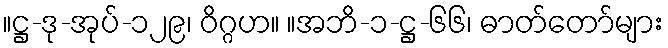
။ဋ္ဌ-ဒု-အုပ်-၁၂၉၊ ဝိဂ္ဂဟ။ ။အဘိ-၁-ဋ္ဌ-၆၆၊ ဓာတ်တော်များ